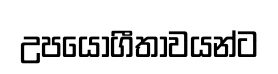
උපයෝගීතාවයන්ට